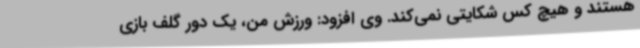
هستند و هیچ کس شکایتی نمی‌کند. وی افزود: ورزش من، یک دور گلف بازی